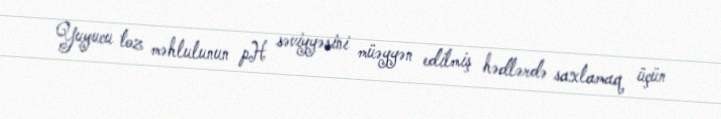
Yuyucu toz məhlulunun pH səviyyəsini müəyyən edilmiş hədlərdə saxlamaq üçün